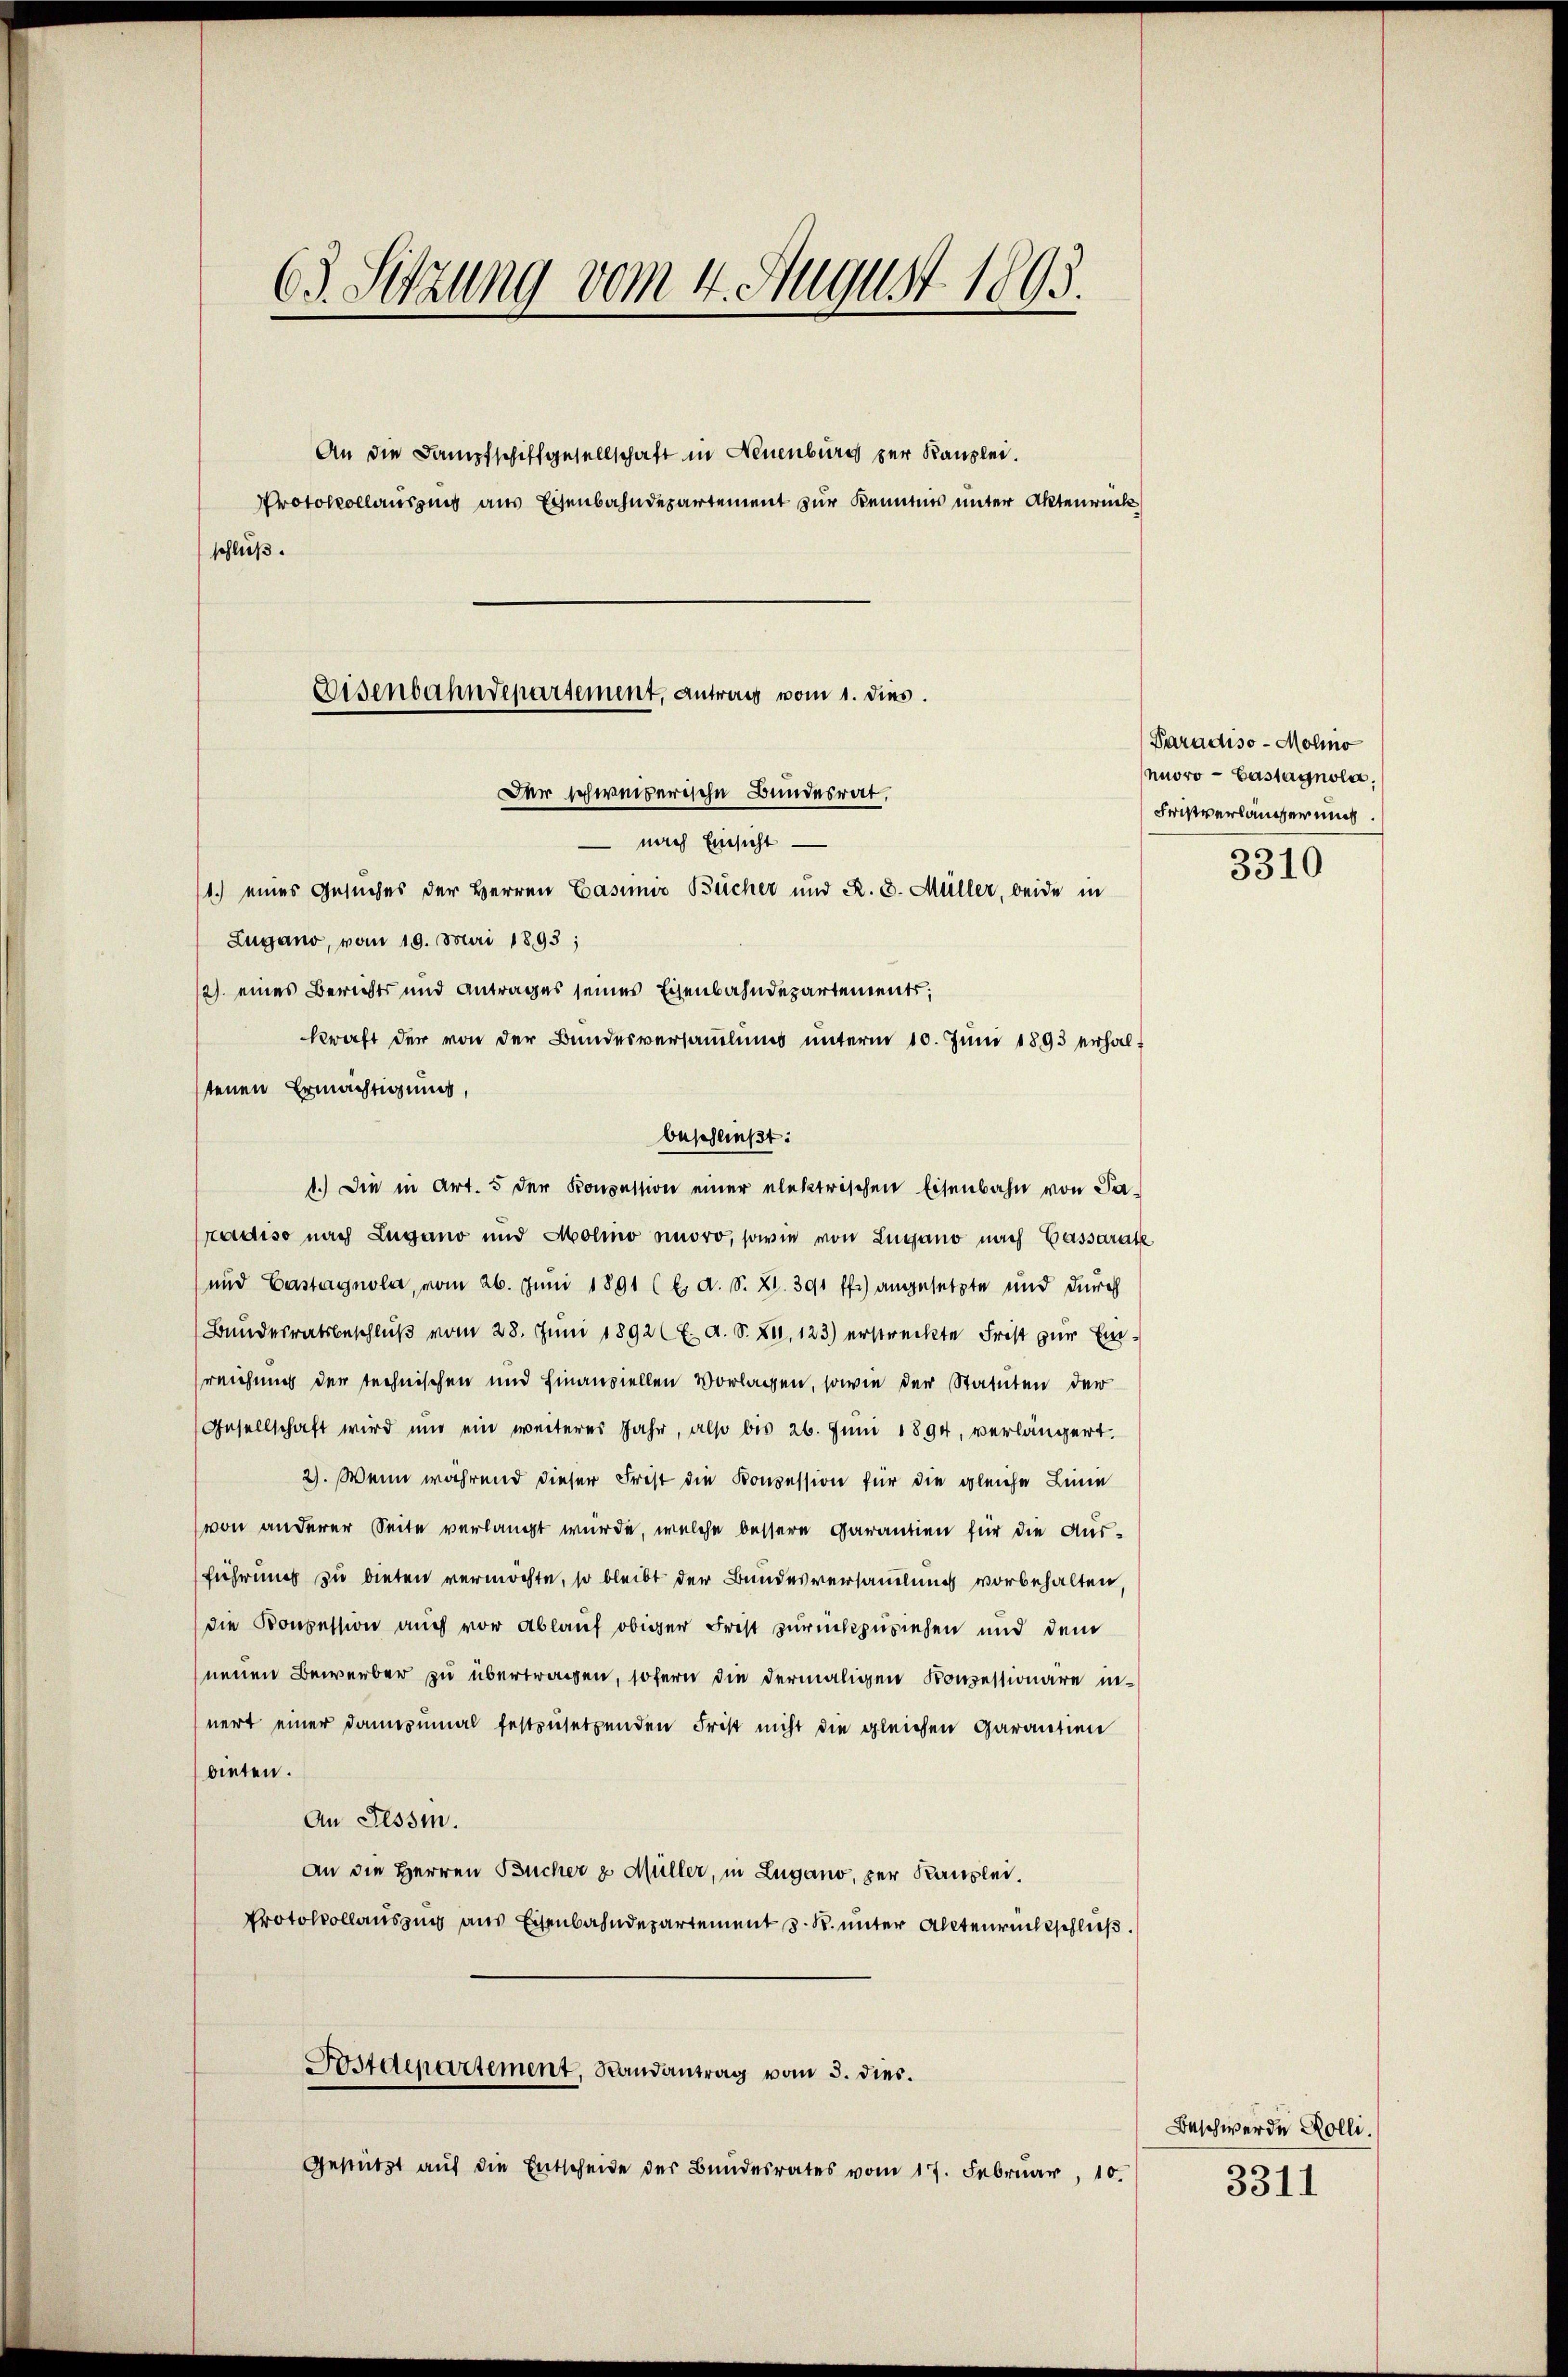
63. Sitzung vom 4. August 1893.
An die Dampfschiffgesellschaft in Neuenburg zur Kanzlei.
Protokollausung aus Eisenbahndepartement zur Kenntnis unter Aktenrück
schluß.

Disenbahndepartement, antrag vom 1. dies
Der schweizerische Bundesrat.
 nach Einsicht

1.) eines Gesuches der Herren Casimir Bücher und R. G. Müller, beide in
Zugano, vom 19. Mai 1893;
12) eines Berichts und Antrages seines Eisenbahndepartements;
kraft der von der Bundesversamlung unterm 10. Juni 1893 erhalt
tenen Ermächtigung,
beschließt:
1.) Die in Art. 5 der Konzession einer elektrischen Eisenbahn von Paradiso nach Lugano und Molino amoro, sowie von Lugano nach Cassarate
und Castagnola, vom 26. Juni 1891 (E. d. S. 21. 391 ff.) angesetzte und durch
Bundesratsbeschlŭβ vom 28. Juni 1892 f. A. S. 211. 123) erstreckte Frist zur Einreichung der technischen und Finanziellen Vorlagen, sowie der Statuten der
Gesellschaft wird und ein weiteres Jahr, also bis 26. Juni 1894, verlängert.
2). Wenn während dieser Frist die Konzession für die gleiche Leine
von anderer Seite verlangt wurde, welche bessere Garantien für die Ausführung zu bieten vermöchte, so bleibt der Bundesversammlung vorbehalten,
die Konzession auch vor Ablauf obiger Frist zurückzuziehen und dem
neuen Bewerber zu übertragen, sofern die dermaligen Konzessionäre innert einer dannzumal festzusetzenden Frist nicht die gleichen Garantien
bieten.
An Tessin.
An die Herren Bücher z Müller, in Lugano, per Kanzlei.
Protokollauszug aus Eisenbahndepartement d. R. unter Altenrechtschließ.
Postdepartement, Randantrag vom 3. dies.
Gestützt aŭf die Entscheide der Bundesrates vom 17. Februar, 10.

Paradiso - Molno
moro - Castagnola,
Fristverlängerung
3310

Beschwerde Rolli.

3311